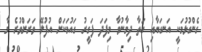
ގެންގުޅުމަކީ އަނގަޔާއި އަތާ ދިމާނުވާ މިފަދަ ފަގީރު ގައުމަކަށް އުފުލޭ ވަރަށްވުރެ މާ